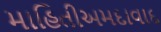
માહિતીઅમદાવાદ